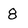
Character: 8